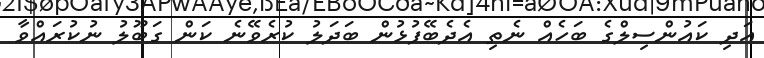
އަދި ކައުންސިލްގެ ބަހެއް ނެތި އެދެބޭފުޅުން ބަދަލު ކުރެވޭނެ ކަން ގަބޫލު ނުކުރައްވާ